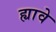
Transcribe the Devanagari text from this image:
ह्यावे